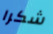
شكرا